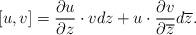
LaTeX: \begin{align*} [u,v] = \frac{\partial u}{\partial z} \cdot v dz + u\cdot \frac{\partial v}{\partial\overline z} d\overline z. \end{align*}